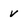
Character: V